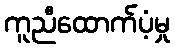
ကူညီထောက်ပံ့မှု